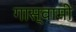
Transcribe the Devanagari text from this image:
गास्वामी